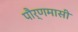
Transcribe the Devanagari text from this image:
पौर्णमासी